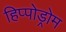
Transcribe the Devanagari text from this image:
हिप्पोड्रोम